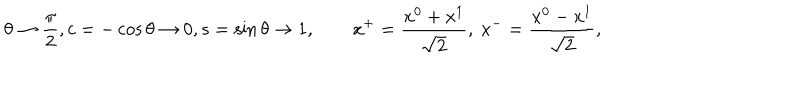
\theta \rightarrow { \frac { \pi } { 2 } } , c = - \cos { \theta } \rightarrow 0 , s = \sin { \theta } \rightarrow 1 , \qquad x ^ { + } = { \frac { x ^ { 0 } + x ^ { 1 } } { \sqrt 2 } } , \ x ^ { - } = { \frac { x ^ { 0 } - x ^ { 1 } } { \sqrt 2 } } ,